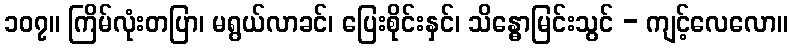
၁၀၇။ ကြိမ်လုံးတပြာ၊ မရွယ်လာခင်၊ ပြေးစိုင်းနှင်၊ သိန္ဓောမြင်းသွင် - ကျင့်လေလော။